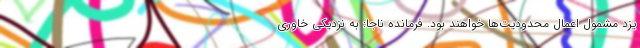
یزد مشمول اعمال محدودیت‌ها خواهند بود. فرمانده ناجا: به نزدیکی خاوری